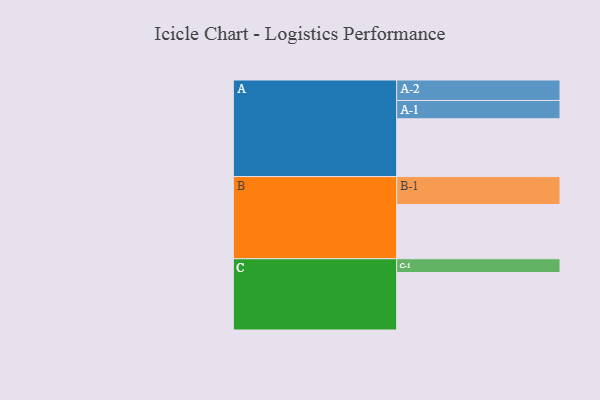
{"axis": {"x": "Segment", "y": "Value"}, "legend": ["", "A", "B", "C"], "data": [{"x": "A", "y": 579, "type": ""}, {"x": "B", "y": 543, "type": ""}, {"x": "C", "y": 576, "type": ""}, {"x": "A-1", "y": 184, "type": "A"}, {"x": "A-2", "y": 205, "type": "A"}, {"x": "B-1", "y": 280, "type": "B"}, {"x": "C-1", "y": 138, "type": "C"}]}